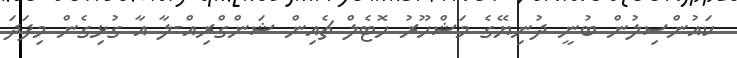
ކައުންސިލުން ބުނީ ދުނިޔޭގެ މަޝްހޫރު ހޮޓެލް ޗެއިން ޝަންގްރިއް-ލާ އާ ގުޅިގެން މިފަދަ